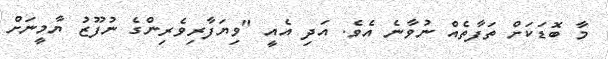
މާ ބޮޑަކަށް ތަފާތެއް ނުވާނެ އެވެ. އަދި އެއީ "ވިޔަފާރިވެރިންގެ ނުފޫޒު ޔާމީނަށް